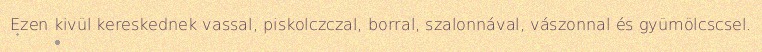
Ezen kivül kereskednek vassal, piskolczczal, borral, szalonnával, vászonnal és gyümölcscsel.